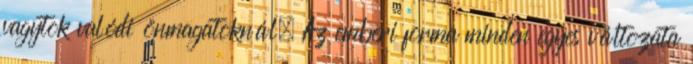
vagytok valódi önmagatoknál. Az emberi forma minden egyes változata